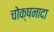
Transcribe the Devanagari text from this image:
चोक्षनादा